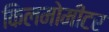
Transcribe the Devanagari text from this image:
किलमोमीटर